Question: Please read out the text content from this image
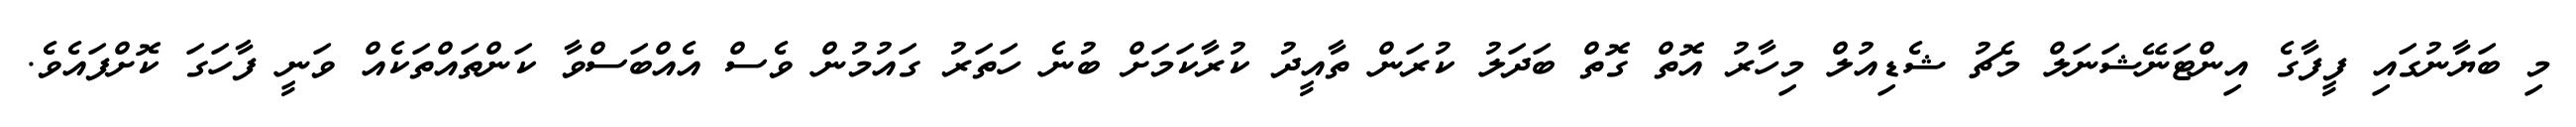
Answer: މި ބަޔާނުގައި ފީފާގެ އިންޓަނޭޝަނަލް މެޗު ޝެޑިއުލް މިހާރު އޮތް ގޮތް ބަދަލު ކުރަން ތާއީދު ކުރާކަމަށް ބުނެ ހަތަރު ގައުމުން ވެސް އެއްބަސްވާ ކަންތައްތަކެއް ވަނީ ފާހަގަ ކޮށްފައެވެ.